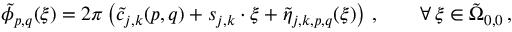
\tilde { \phi } _ { p , q } ( \boldsymbol { \xi } ) = 2 \pi \left( \tilde { c } _ { j , k } ( p , q ) + \boldsymbol { s } _ { j , k } \cdot \boldsymbol { \xi } + \tilde { \eta } _ { j , k , p , q } ( \boldsymbol { \xi } ) \right) \, , \qquad \forall \, \boldsymbol { \xi } \in \tilde { \Omega } _ { 0 , 0 } \, ,